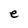
Character: e